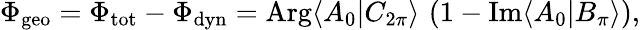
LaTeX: \begin{array}{r}{\Phi_{\mathrm{geo}}=\Phi_{\mathrm{tot}}-\Phi_{\mathrm{dyn}}=\mathrm{Arg}\langle A_{0}|C_{2\pi}\rangle\, \left(1-\mathrm{Im}\langle A_{0}|B_{\pi}\rangle\right),}\end{array}